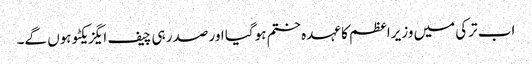
اب ترکی میں وزیراعظم کا عہدہ ختم ہوگیا اور صدر ہی چیف ایگزیکٹو ہوں گے۔